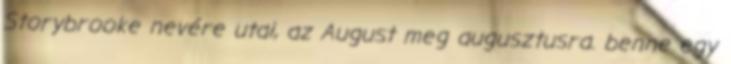
Storybrooke nevére utal, az August meg augusztusra. benne egy